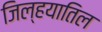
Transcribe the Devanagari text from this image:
जिल्हयातिल